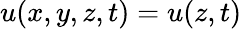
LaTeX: u(x,y,z,t)=u(z,t)